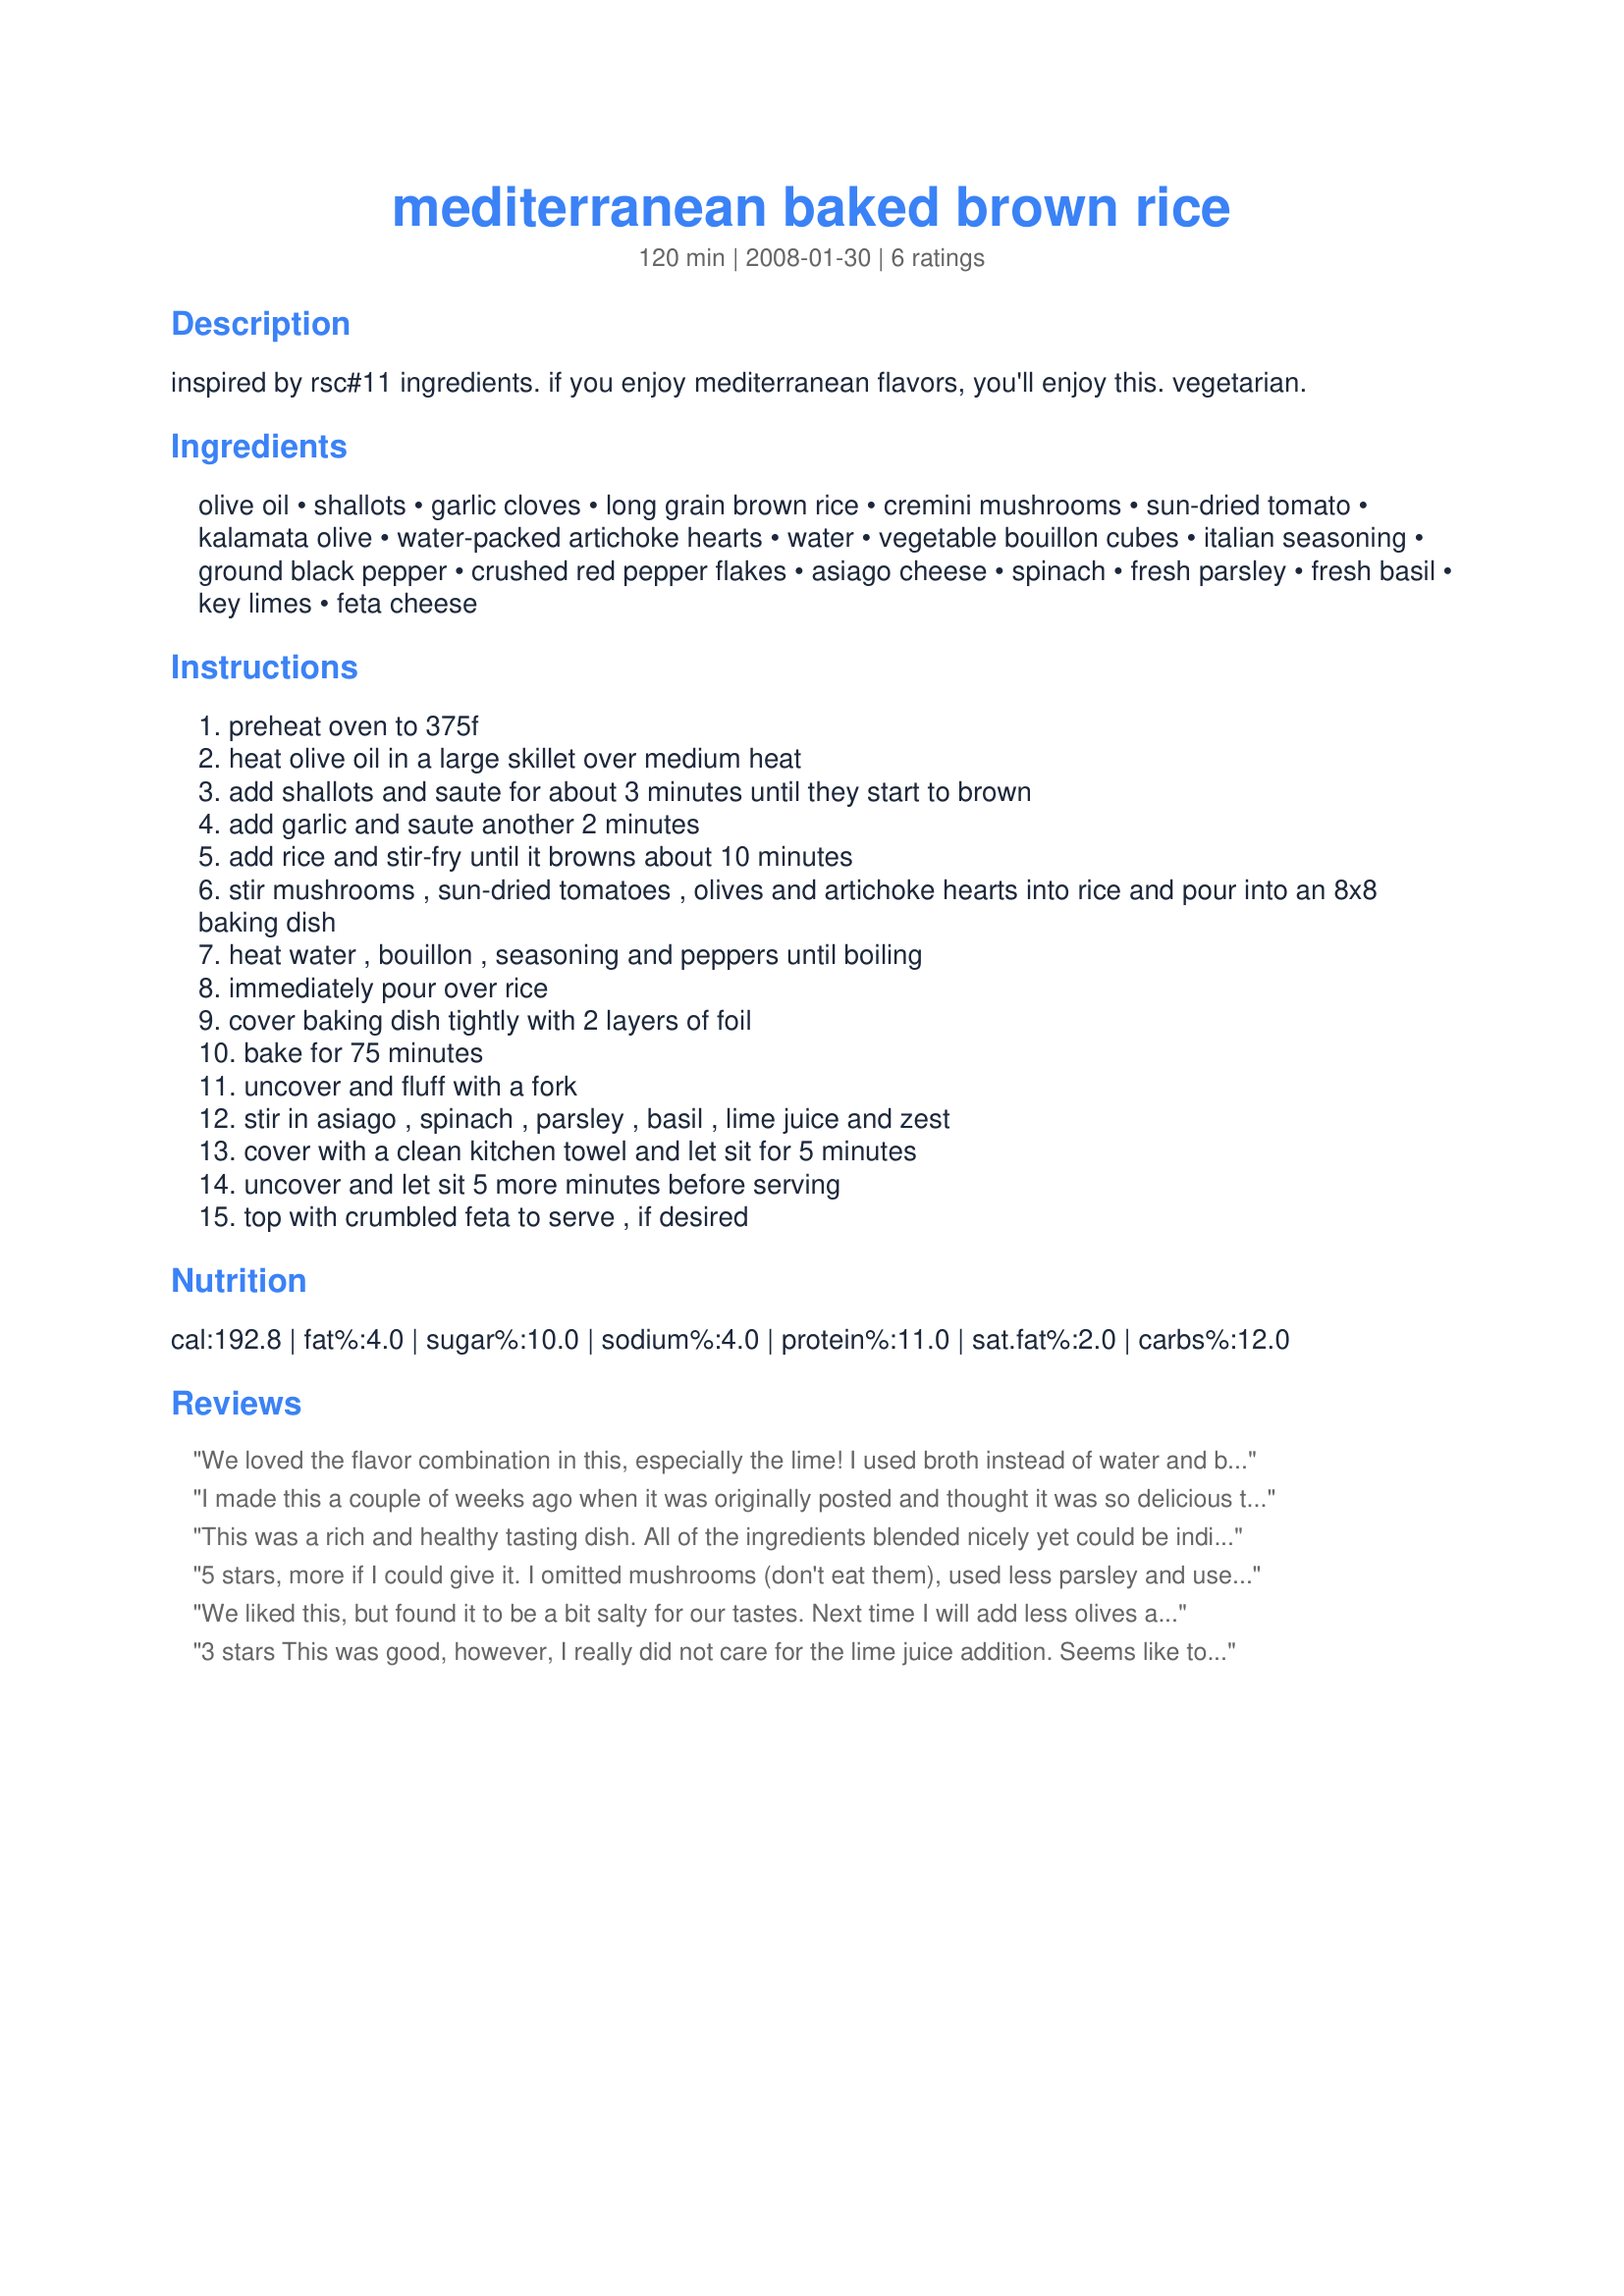
mediterranean baked brown rice
Preparation time: 120 minutes

inspired by rsc#11 ingredients. if you enjoy mediterranean flavors, you'll enjoy this. vegetarian.

Ingredients:
olive oil, shallots, garlic cloves, long grain brown rice, cremini mushrooms, sun-dried tomato, kalamata olive, water-packed artichoke hearts, water, vegetable bouillon cubes, italian seasoning, ground black pepper, crushed red pepper flakes, asiago cheese, spinach, fresh parsley, fresh basil, key limes, feta cheese

Steps:
preheat oven to 375f
heat olive oil in a large skillet over medium heat
add shallots and saute for about 3 minutes until they start to brown
add garlic and saute another 2 minutes
add rice and stir-fry until it browns about 10 minutes
stir mushrooms , sun-dried tomatoes , olives and artichoke hearts into rice and pour into an 8x8 baking dish
heat water , bouillon , seasoning and peppers until boiling
immediately pour over rice
cover baking dish tightly with 2 layers of foil
bake for 75 minutes
uncover and fluff with a fork
stir in asiago , spinach , parsley , basil , lime juice and zest
cover with a clean kitchen towel and let sit for 5 minutes
uncover and let sit 5 more minutes before serving
top with crumbled feta to serve , if desired

Reviews:
We loved the flavor combination in this, especially the lime! I used broth instead of water and bouillon. I am rating this on flavor, as I am not sure if I did something wrong as far as the cooking method goes (like use a lasagna pan instead of the 8x8 size). I had some trouble getting the rice to be cooked all the way. I added 1.5 cups more broth and baked it an extra 40 minutes, and that did the trick. I ended up forgetting the cheese, but it was delicious just the same. I love that this flavorful entree is made with brown rice!
I made this a couple of weeks ago when it was originally posted and thought it was so delicious that I wanted to rate it immediately. However, we were all asked to wait so I was happy to see it here today. This is wonderful but the lime is the key ingredient. I followed the recipe exactly and had no problem whatsover with it.

However, I had leftovers for the next day and it lost a lot of its character and wasn't half as delicious. 

I'll just have to eat the whole thing next time. 

Thank you.
This was a rich and healthy tasting dish. All of the ingredients blended nicely yet could be individually distinguished. It was a feast by itself, but is also a great side for a fish or poultry dish. Leftovers were wonderful for lunch!
5 stars, more if I could give it. I omitted mushrooms (don't eat them), used less parsley and used bottled key lime juice and no zest. Funny, it did not smell too well while baking but it sure tasted great! Yummy! Spinach wilted and cooked just fine.
We liked this, but found it to be a bit salty for our tastes. Next time I will add less olives and half the artichokes, and maybe cut back on the cheese too. I should have added more liquid, too, because some of the rice didn't cook all the way through -- but that could be because the cooking vessel wasn't sealed tightly enough. (I used an enameled cast iron dutch oven and its cover instead of two layers of foil.) Other than being a bit salty, the flavors were wonderful and meld well together. Made for ZWT4.
3 stars 
This was good, however, I really did not care for the lime juice addition. Seems like too much going on in this dish. I liked the idea of baking the rice which created a unique texture.
